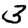
Digit: 3